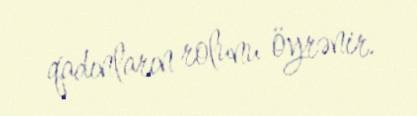
qadınların rolunu öyrənir.